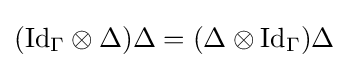
({\text{Id}}_{\Gamma }\otimes \Delta )\Delta =(\Delta \otimes {\text{Id}}_{\Gamma })\Delta